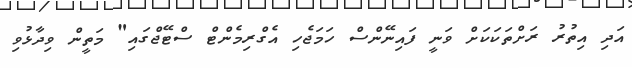
އަދި އިތުރު ރަށްތަކަކަށް ވަނީ ފައިނޭންސް ހަމަޖެހި އެގްރިމެންޓް ސްޓޭޖްގައި" މަތީން ވިދާޅުވި